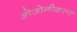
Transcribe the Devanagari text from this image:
ओज़ोनीकरण